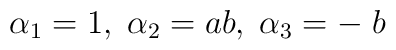
\alpha_{1} = 1, \;\alpha_{2} = ab, \; \alpha_{3} = - \;b